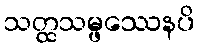
သတ္ထသမ္ဖဿေနပိ